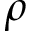
\rho